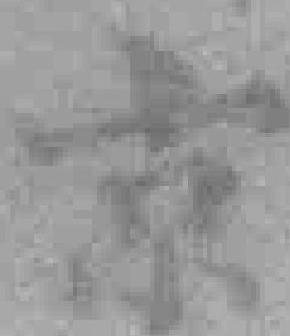
京